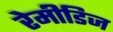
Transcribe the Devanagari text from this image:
रेमीडिज